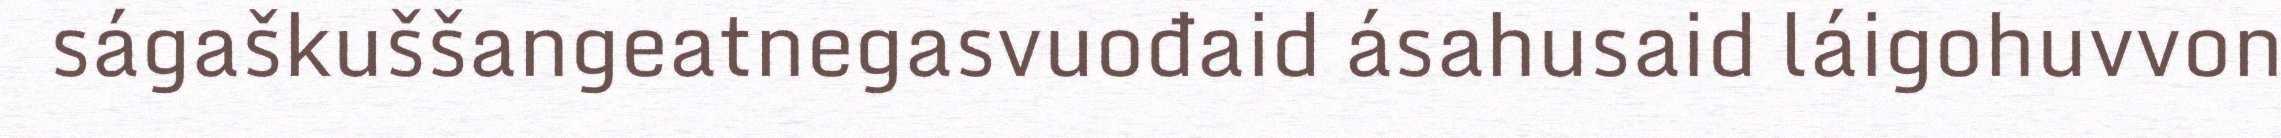
ságaškuššangeatnegasvuođaid ásahusaid láigohuvvon